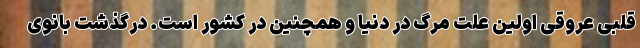
قلبی عروقی اولین علت مرگ در دنیا و همچنین در کشور است. درگذشت بانوی